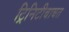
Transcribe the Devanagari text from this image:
ट्रिनिटीबाबत